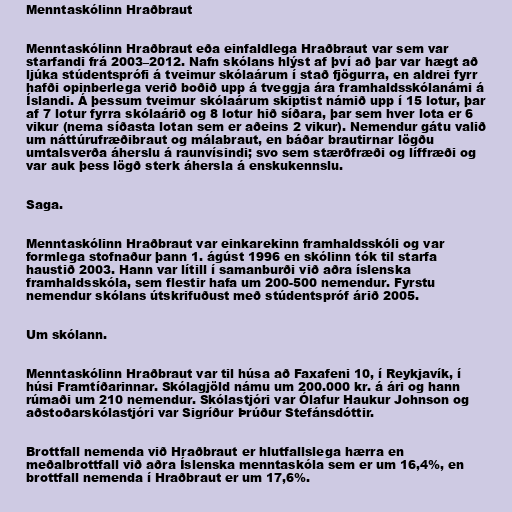
Menntaskólinn Hraðbraut

Menntaskólinn Hraðbraut eða einfaldlega Hraðbraut var sem var
starfandi frá 2003–2012. Nafn skólans hlýst af því að þar var hægt að
ljúka stúdentsprófi á tveimur skólaárum í stað fjögurra, en aldrei fyrr
hafði opinberlega verið boðið upp á tveggja ára framhaldsskólanámi á
Íslandi. Á þessum tveimur skólaárum skiptist námið upp í 15 lotur, þar
af 7 lotur fyrra skólaárið og 8 lotur hið síðara, þar sem hver lota er 6
vikur (nema síðasta lotan sem er aðeins 2 vikur). Nemendur gátu valið
um náttúrufræðibraut og málabraut, en báðar brautirnar lögðu
umtalsverða áherslu á raunvísindi; svo sem stærðfræði og líffræði og
var auk þess lögð sterk áhersla á enskukennslu.

Saga.

Menntaskólinn Hraðbraut var einkarekinn framhaldsskóli og var
formlega stofnaður þann 1. ágúst 1996 en skólinn tók til starfa
haustið 2003. Hann var lítill í samanburði við aðra íslenska
framhaldsskóla, sem flestir hafa um 200-500 nemendur. Fyrstu
nemendur skólans útskrifuðust með stúdentspróf árið 2005.

Um skólann.

Menntaskólinn Hraðbraut var til húsa að Faxafeni 10, í Reykjavík, í
húsi Framtíðarinnar. Skólagjöld námu um 200.000 kr. á ári og hann
rúmaði um 210 nemendur. Skólastjóri var Ólafur Haukur Johnson og
aðstoðarskólastjóri var Sigríður Þrúður Stefánsdóttir.

Brottfall nemenda við Hraðbraut er hlutfallslega hærra en
meðalbrottfall við aðra Íslenska menntaskóla sem er um 16,4%, en
brottfall nemenda í Hraðbraut er um 17,6%.